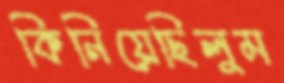
কিনিয়েছিলুম